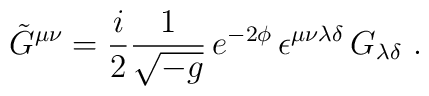
\tilde G^{\mu\nu} = {\frac{i}{2}}\frac {1}{\sqrt{-g}}\, e^{-2\phi}\,\epsilon^{\mu\nu\lambda\delta}\,G_{\lambda\delta}\ .